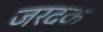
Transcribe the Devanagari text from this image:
जरदक